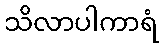
သိလာပါကာရံ